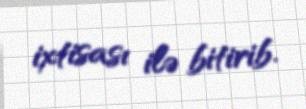
ixtisası ilə bitirib.